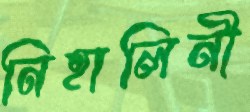
নিহালিনী